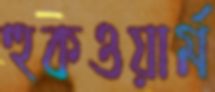
হুকওয়ার্ম